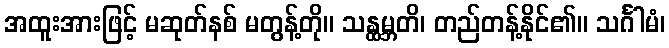
အထူးအားဖြင့် မဆုတ်နစ် မတွန့်တို။ သန္ထမ္ဘတိ၊ တည်တန့်နိုင်၏။ သင်္ဂါမံ၊